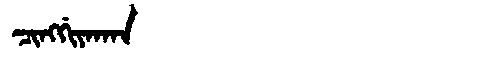
Manchu: ᠴᡳᠩᡤᡳᠶᠠᡴᠠᠨ
Romanization: CINGGIYAKAN